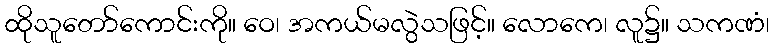
ထိုသူတော်ကောင်းကို။ ဝေ၊ အကယ်မလွဲသဖြင့်။ လောကေ၊ လူ၌။ သကဏံ၊